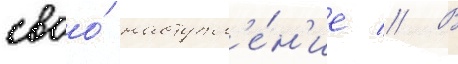
своо́ наступл'е́н'ие // В